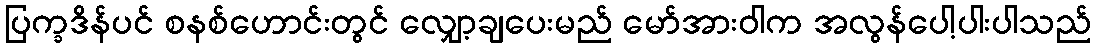
ပြက္ခဒိန်ပင် စနစ်ဟောင်းတွင် လျှော့ချပေးမည် မော်အားဝါက အလွန်ပေါ့ပါးပါသည်